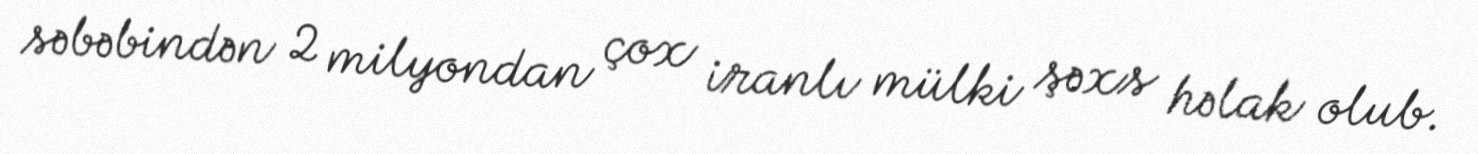
səbəbindən 2 milyondan çox iranlı mülki şəxs həlak olub.